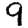
Digit: 9